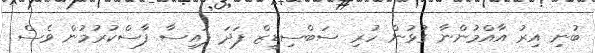
ބުނި އިރު އާއްމުންނާ ގުޅުން ހުރި ސަބްސިޑީޒް ފަދަ ފައިސާ ފާސްކުރުމުން ވެސް